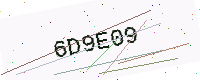
Text: 6D9E09